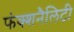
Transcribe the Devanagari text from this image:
फंक्शनैलिटी